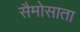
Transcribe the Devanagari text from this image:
सैमोसाता